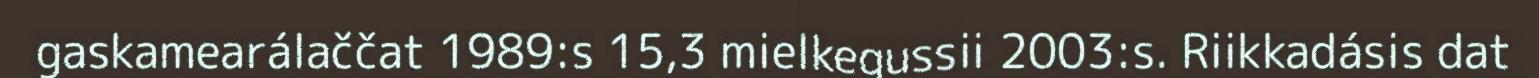
gaskamearálaččat 1989:s 15,3 mielkegussii 2003:s. Riikkadásis dat